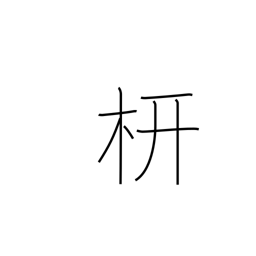
Meaning: rafter